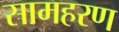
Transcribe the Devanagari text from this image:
सामहरण